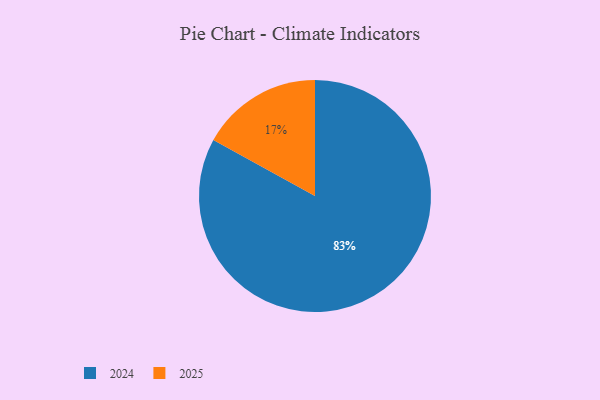
{"axis": {"x": "Category", "y": "Percentage"}, "legend": ["2024", "2025"], "data": [{"x": "2025", "y": 17, "type": "2025"}, {"x": "2024", "y": 83, "type": "2024"}]}